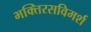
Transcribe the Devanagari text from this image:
भक्तिरसविमर्श